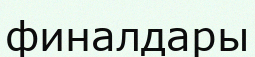
финалдары